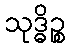
သုဒ္ဓိဉ္စ